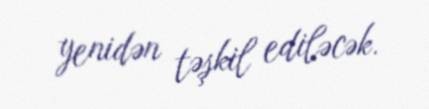
yenidən təşkil ediləcək.